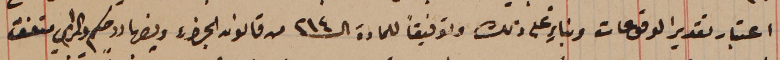
اعتبار تقدير الدفوعات وبناءٍ على ذلك وتوفيقاً للمادة الـ ٢١٤ من قانون الجزاء ونصها رد حكم والمرامي متفق